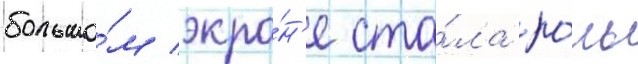
большо́м экра́н'е ста́ла ро́ль